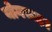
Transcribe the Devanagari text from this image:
योगरूढ़।